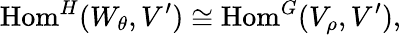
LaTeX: {\mathrm{Hom}}^{H}(W_{\theta},V^{\prime})\cong{\mathrm{Hom}}^{G}(V_{\rho},V^{\prime}),